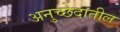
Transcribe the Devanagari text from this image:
अनुच्छेदातील